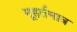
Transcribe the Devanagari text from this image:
मूहर्तमात्र